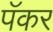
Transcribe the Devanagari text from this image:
पॅकर